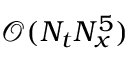
\mathcal { O } ( N _ { t } N _ { x } ^ { 5 } )